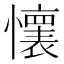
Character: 𫻘